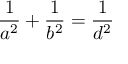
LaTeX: { \frac { 1 } { a ^ { 2 } } } + { \frac { 1 } { b ^ { 2 } } } = { \frac { 1 } { d ^ { 2 } } }